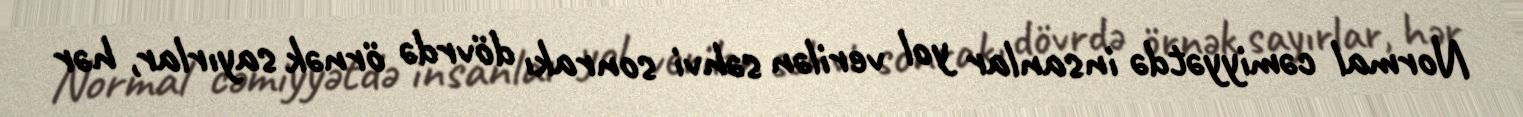
Normal cəmiyyətdə insanlar yol verilən səhvi sonrakı dövrdə örnək sayırlar, hər